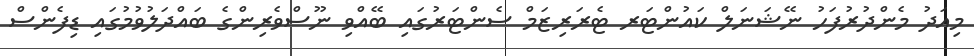
މިއަދު މެންދުރުފަހު ނޭޝަނަލް ކައުންޓަރ ޓެރަރިޒަމް ސެންޓަރުގައި ބޭއްވި ނޫސްވެރިންގެ ބައްދަލުވުމުގައި ޑިފެންސް